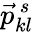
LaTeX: \vec{p}_{kl}^{\, s}